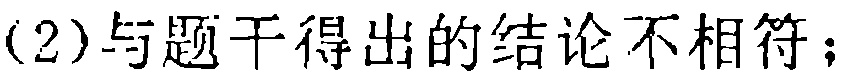
(2)与题干得出的结论不相符；